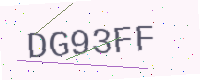
Text: DG93FF